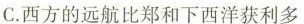
C.西方的远航比郑和下西洋获利多